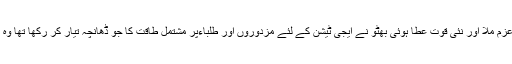
عوامی حوصلوں کو نیا عزم ملا اور نئی قوت عطا ہوئی بھٹو نے ایجی ٹیشن کے لئے مزدوروں اور طلباءپر مشتمل طاقت کا جو ڈھانچہ تیار کر رکھا تھا وہ ایک دم حرکت میں آگیا۔